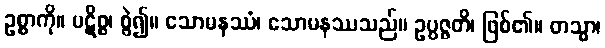
ဥစ္စာကို။ ပဋိစ္စ၊ စွဲ၍။ သောမနဿံ၊ သောမနဿသည်။ ဥပ္ပဇ္ဇတိ၊ ဖြစ်၏။ တသ္မာ၊